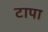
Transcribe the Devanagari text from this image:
टापा